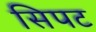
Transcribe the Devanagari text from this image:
सिपट